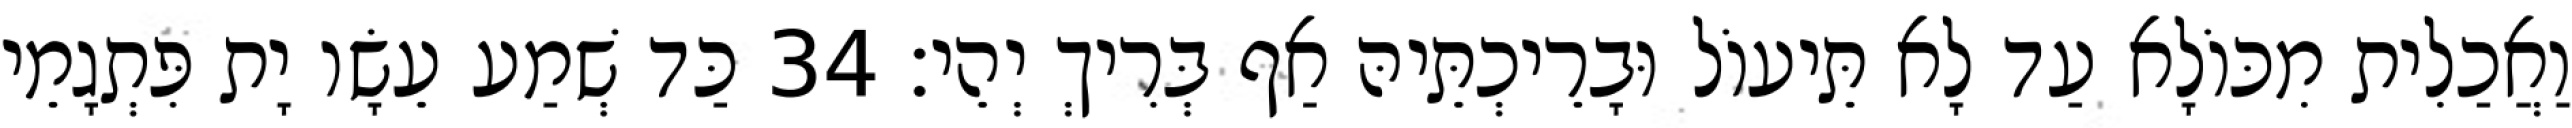
וַאֲכַלִית מִכּוֹלָא עַד לָא תֵּיעוֹל וּבָרֵיכְתֵּיהּ אַף בְּרִיךְ יְהֵי׃ 34 כַּד שְׁמַע עֵשָׂו יָת פִּתְגָמֵי